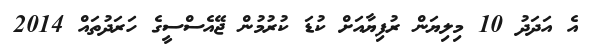
އެ އަދަދު 10 މިލިޔަން ރުފިޔާއަށް ކުޑަ ކުރުމުން ޖޭއެސްސީގެ ހަރަދުތައް 2014